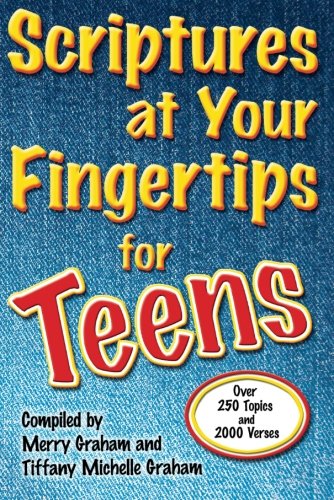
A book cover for Scriptures at Your Fingertips for Teens: Over 250 Topics and 2000 Verses; Merry Graham; Teen & Young Adult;